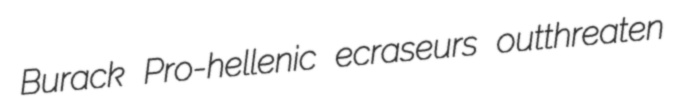
Burack Pro-hellenic ecraseurs outthreaten